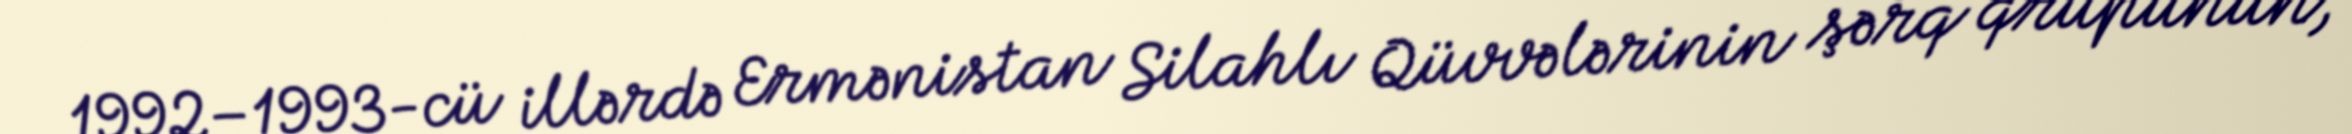
1992–1993-cü illərdə Ermənistan Silahlı Qüvvələrinin şərq qrupunun,